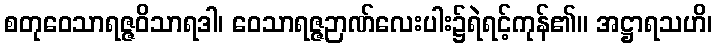
စတုဝေသာရဇ္ဇဝိသာရဒါ၊ ဝေသာရဇ္ဇဉာဏ်လေးပါး၌ရဲရင့်ကုန်၏။ အဋ္ဌာရသဟိ၊